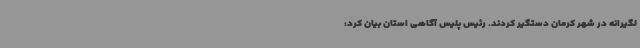
لگیرانه در شهر کرمان دستگیر کردند. رئیس پلیس آگاهی استان بیان کرد: